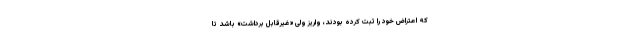
که اعتراض خود را ثبت کرده بودند، واریز ولی «غیرقابل برداشت» باشد تا